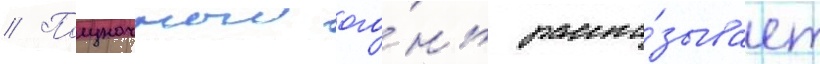
// Полуночныи ого́нь расска́зывает